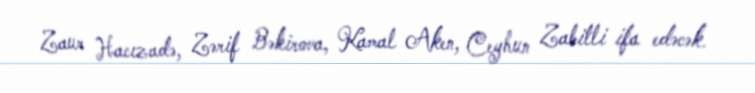
Zaur Hacızadə, Zərif Bəkirova, Kamal Aken, Ceyhun Zabitli ifa edəcək.